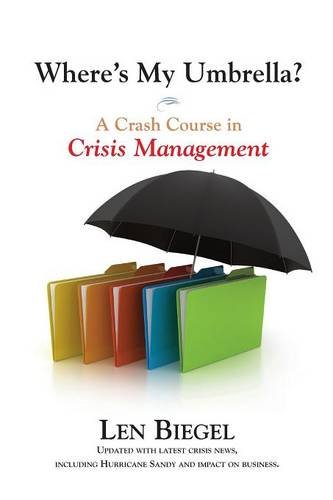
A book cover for Where's My Umbrella? A Crash Course in Crisis Management; Len Biegel; Business & Money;